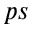
p s